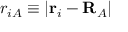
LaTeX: r _ { i A } \equiv | \mathbf { r } _ { i } - \mathbf { R } _ { A } |